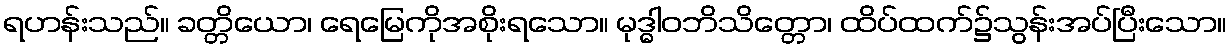
ရဟန်းသည်။ ခတ္တိယော၊ ရေမြေကိုအစိုးရသော။ မုဒ္ဓါဝဘိသိတ္တော၊ ထိပ်ထက်၌သွန်းအပ်ပြီးသော။